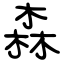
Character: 森